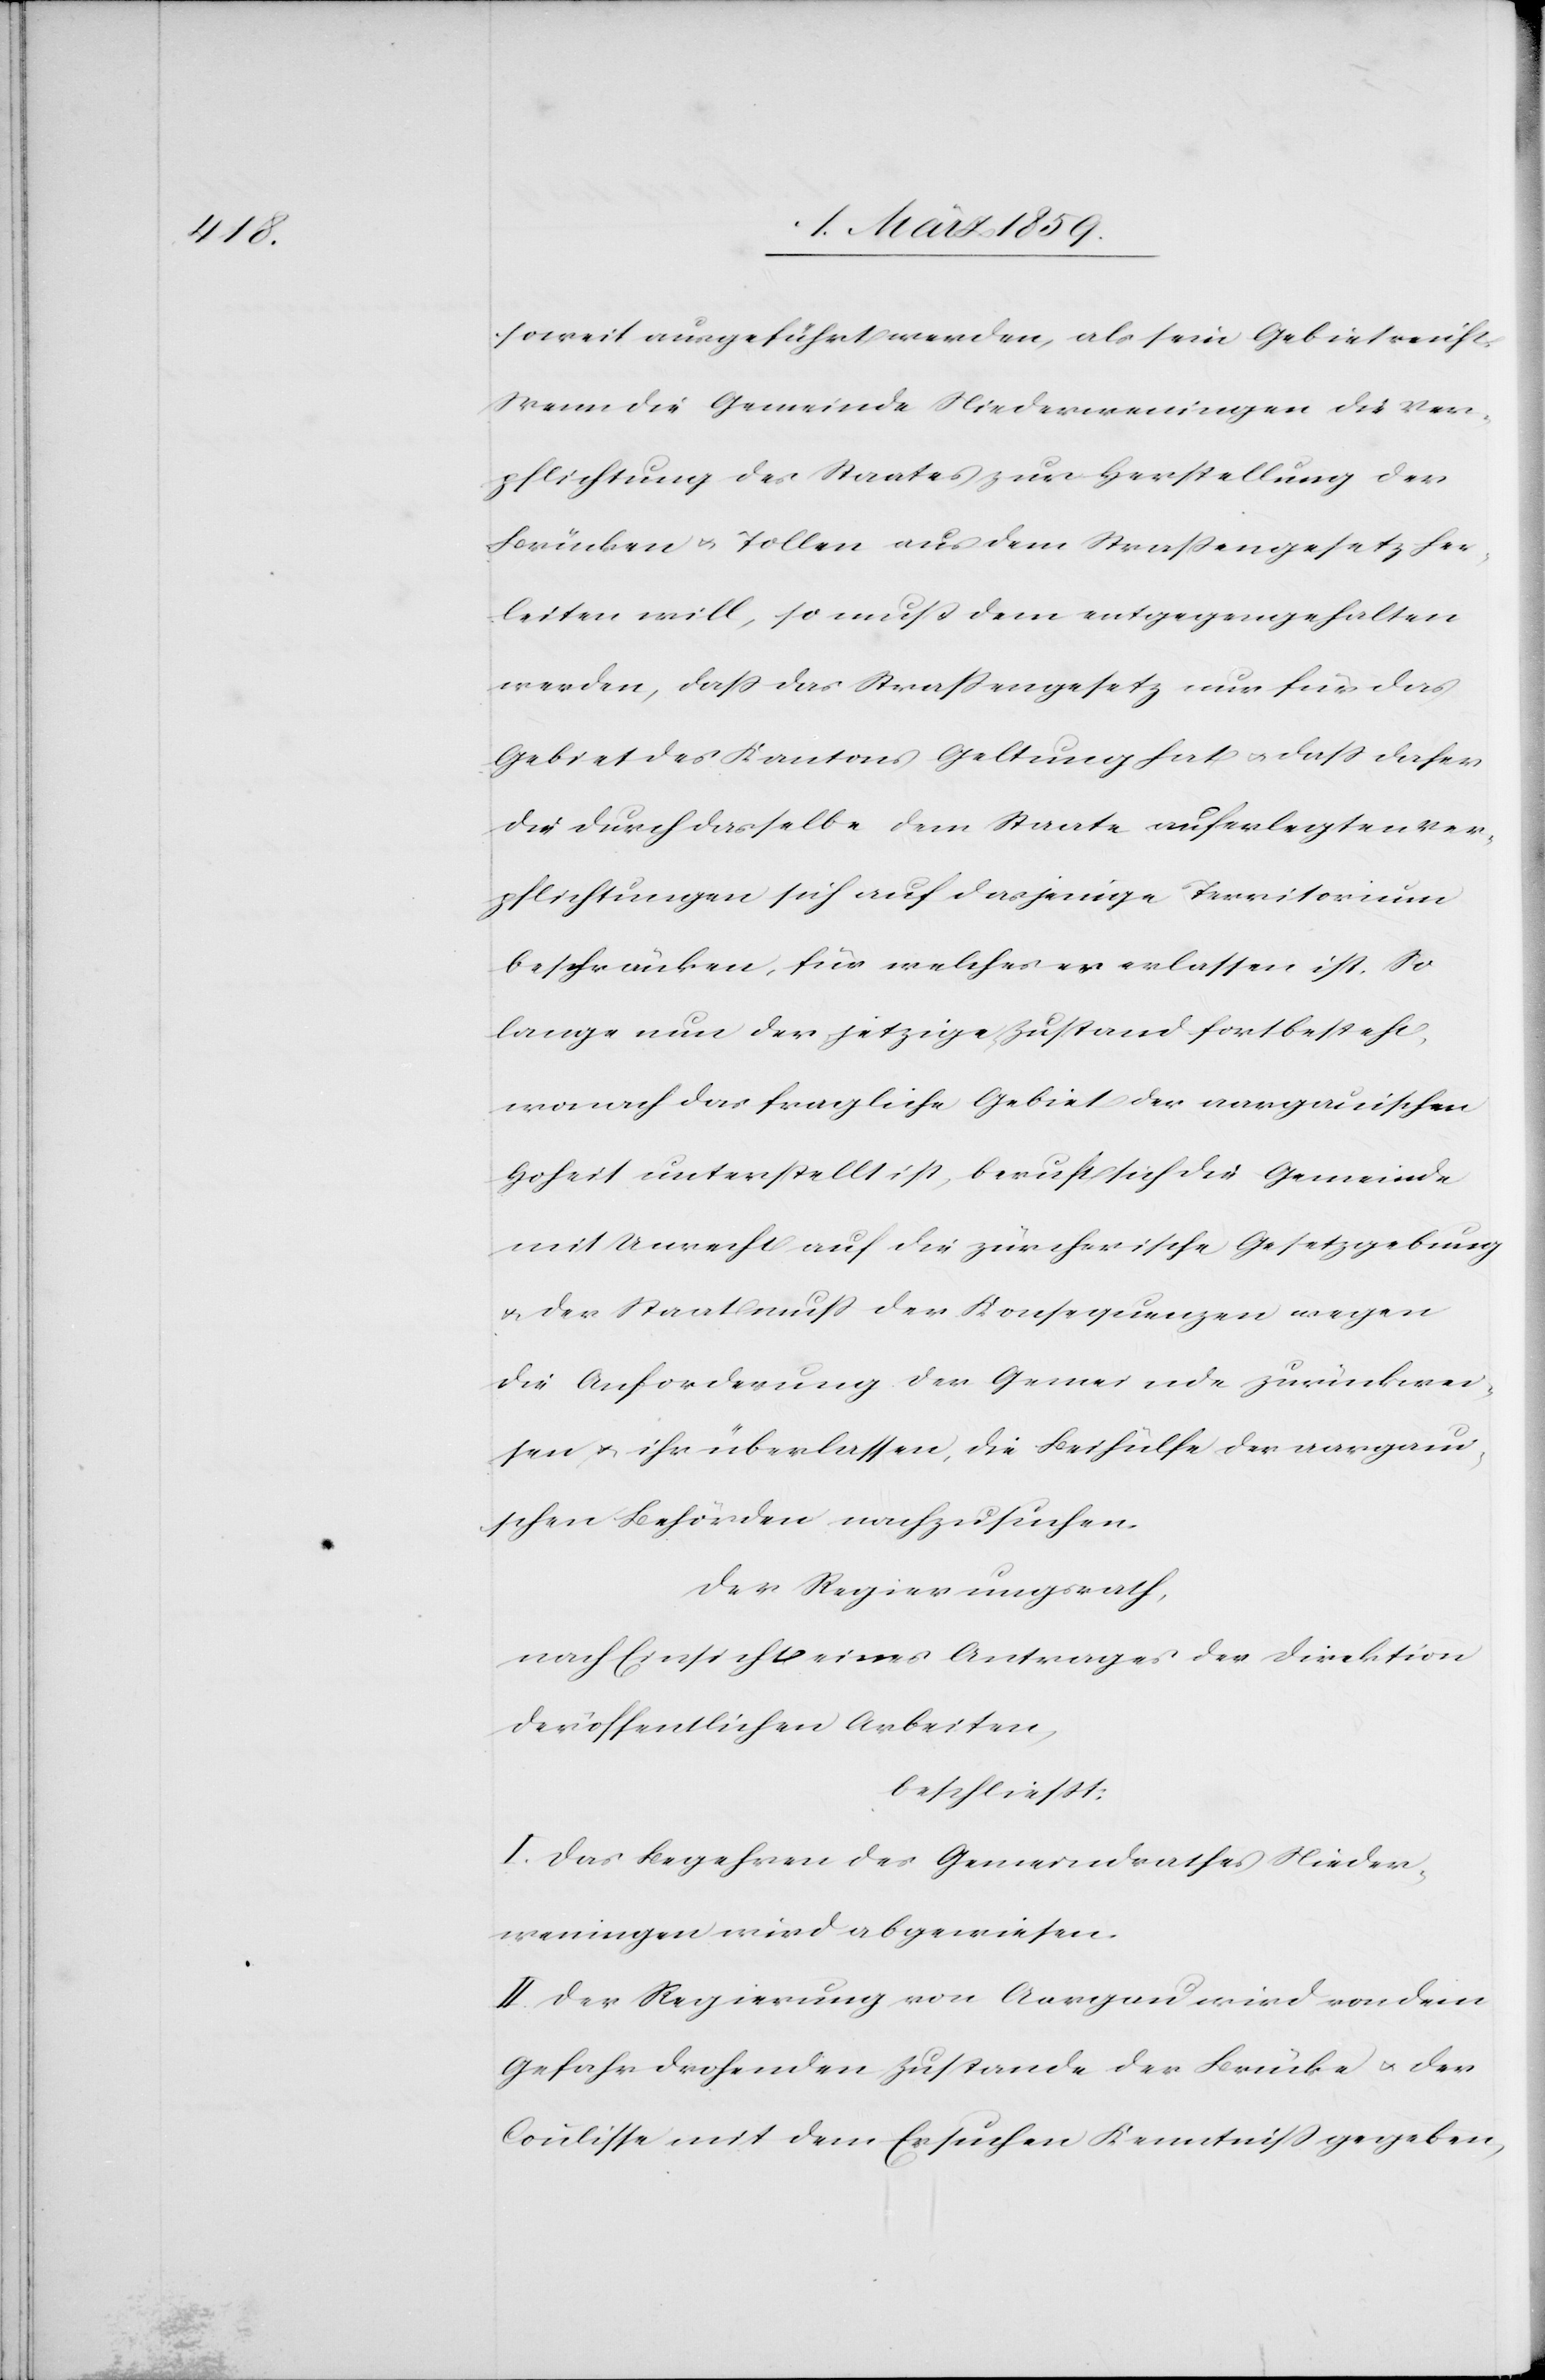
soweit ausgeführt werden, als sein Gebiet reicht.
Wenn die Gemeinde Niederweningen die Ver¬
pflichtung des Staates zur Herstellung der
Brücken u. Tollen aus dem Straßengesetz her¬
leiten will, so muß dem entgegengehalten
werden, daß das Straßengesetz nur für das
Gebiet des Kantons Geltung hat u. daß daher
die durch dasselbe dem Staate auferlegten Ver¬
pflichtungen sich auf dasjenige Territorium
beschränken, für welches es erlassen ist. So
lange nun der jetzige Zustand fortbesteht,
wonach das fragliche Gebiet der aargauischen
Hoheit unterstellt ist, beruft sich die Gemeinde
mit Unrecht auf die zürcherische Gesetzgebung
u. der Staat muß der Konsequenzen wegen
die Anforderung der Gemeinde zurückwei¬
sen u. ihr überlassen, die Beihülfe der aargaui¬
schen Behörden nachzusuchen.
Der Regierungsrath,
nach Einsicht eines Antrages der Direktion
der öffentlichen Arbeiten,
beschließt:
I. Das Begehren des Gemeindrathes Nieder¬
weningen wird abgewiesen.
II. Der Regierung von Aargau wird von dem
Gefahr drohenden Zustande der Brücke u. der
Coulisse mit dem Ersuchen Kenntniß gegeben,